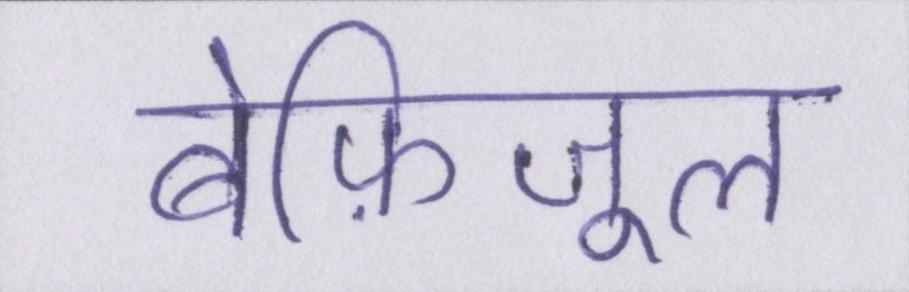
बेफ़िजूल